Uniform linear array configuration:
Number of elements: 24
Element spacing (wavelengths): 0.75
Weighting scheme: cosine
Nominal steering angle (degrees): -45
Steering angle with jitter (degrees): -46.786
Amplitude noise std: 0.05
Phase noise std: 0.05

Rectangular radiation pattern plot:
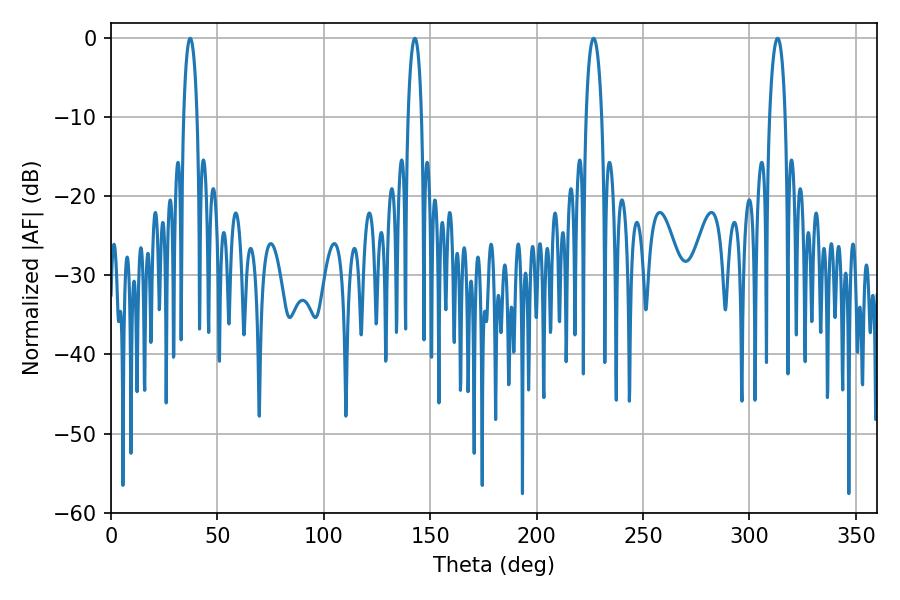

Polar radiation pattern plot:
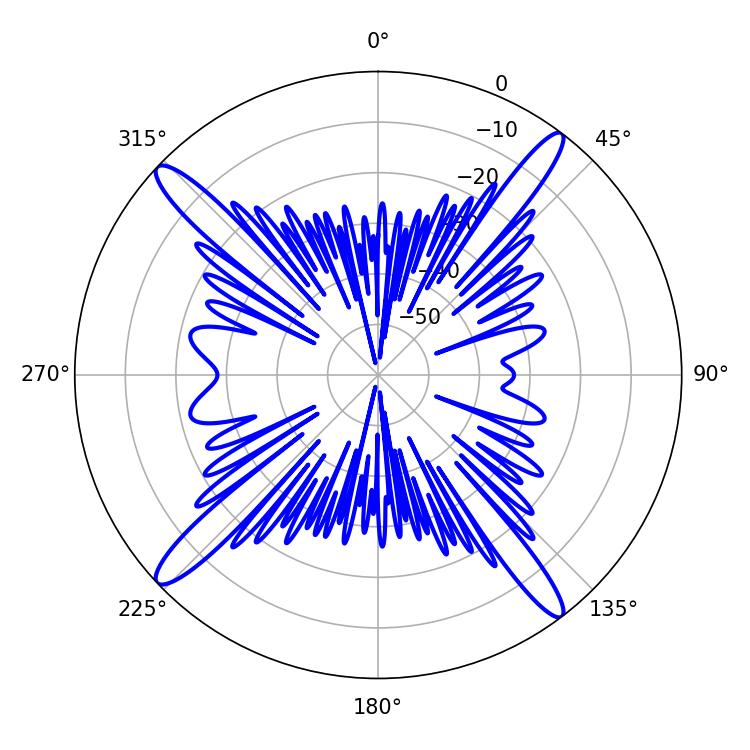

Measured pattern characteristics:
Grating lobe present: TRUE
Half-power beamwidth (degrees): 4.32
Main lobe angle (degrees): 226.8